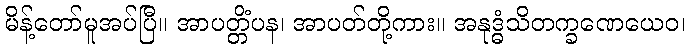
မိန့်တော်မူအပ်ပြီ။ အာပတ္တိံပန၊ အာပတ်တို့ကား။ အနုဒ္ဓံသိတက္ခဏေယေဝ၊